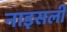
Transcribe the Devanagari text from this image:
नाइसली